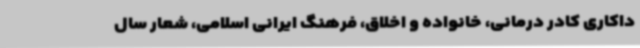
داکاری کادر درمانی، خانواده و اخلاق، فرهنگ ایرانی اسلامی، شعار سال